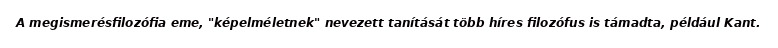
A megismerésfilozófia eme, "képelméletnek" nevezett tanítását több híres filozófus is támadta, például Kant.